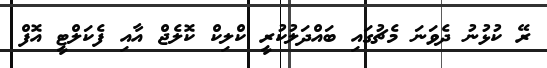
ރޭ ކުޅުނު ދެވަނަ މެޗުގައި ބައްދަލުކުރީ ކްލިކް ކޮލެޖް އާއި ފެކަލްޓީ އޮފް